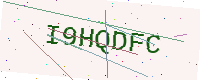
Text: I9HQDFC